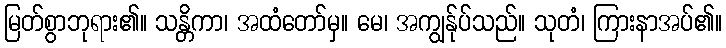
မြတ်စွာဘုရား၏။ သန္တိကာ၊ အထံတော်မှ။ မေ၊ အကျွန်ုပ်သည်။ သုတံ၊ ကြားနာအပ်၏။